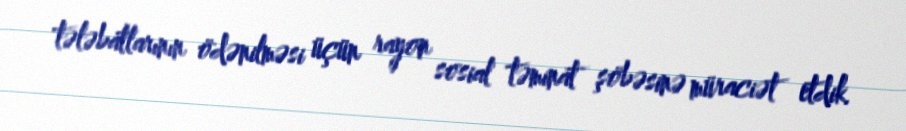
tələbatlarının ödənilməsi üçün rayon sosial təminat şöbəsinə müraciət etdik.